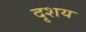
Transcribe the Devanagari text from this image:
दृशय